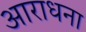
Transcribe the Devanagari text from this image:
अाराधना